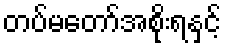
တပ်မတော်အစိုးရနှင့်